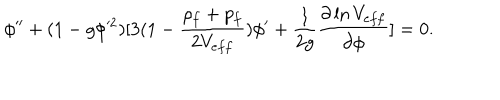
LaTeX: \phi ^ { \prime \prime } + ( 1 - g \phi ^ { 2 } ) [ 3 ( 1 - { \frac { \rho _ { f } + p _ { f } } { 2 V _ { e f f } } } ) \phi ^ { \prime } + { \frac { 1 } { 2 g } } { \frac { \partial \ln V _ { e f f } } { \partial \phi } } ] = 0 .